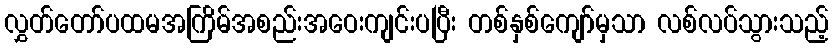
လွှတ်တော်ပထမအကြိမ်အစည်းအဝေးကျင်းပပြီး တစ်နှစ်ကျော်မှသာ လစ်လပ်သွားသည့်